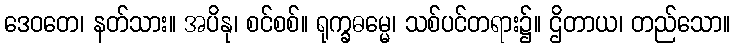
ဒေဝတေ၊ နတ်သား။ အပိနု၊ စင်စစ်။ ရုက္ခဓမ္မေ၊ သစ်ပင်တရား၌။ ဌိတာယ၊ တည်သော။